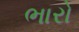
ભારો